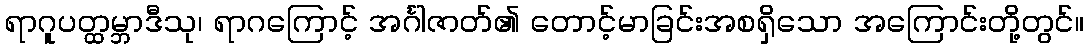
ရာဂူပတ္ထမ္ဘာဒီသု၊ ရာဂကြောင့် အင်္ဂါဇာတ်၏ တောင့်မာခြင်းအစရှိသော အကြောင်းတို့တွင်။